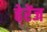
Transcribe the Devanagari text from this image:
हेरेंज